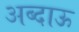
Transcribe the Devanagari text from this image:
अब्दाऊ